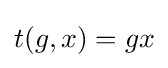
t(g,x)=gx